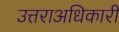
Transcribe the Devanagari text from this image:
उत्तराअधिकारी